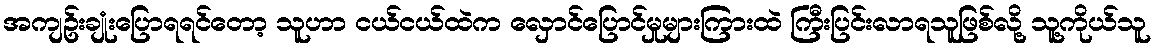
အကျဥ်းချုံးပြောရရင်တော့ သူဟာ ငယ်ငယ်ထဲက လှောင်ပြောင်မှုများကြားထဲ ကြီးပြင်းလာရသူဖြစ်လို့ သူ့ကိုယ်သူ